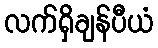
လက်ရှိချန်ပီယံ